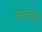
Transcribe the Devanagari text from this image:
नोमातोम